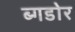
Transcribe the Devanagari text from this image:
ब्गडोर